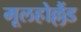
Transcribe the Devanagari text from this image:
मूलहोल्लैंड